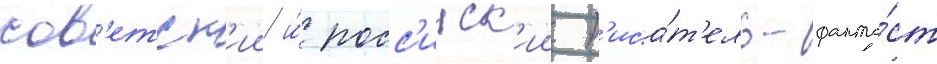
сов'етск'ии и́ росс'ииск'ии п'иса́т'ель-фанта́ст